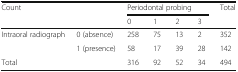
<table><thead><tr><td rowspan="2" colspan="2"><b>Count</b></td><td colspan="4"><b>Periodontal probing</b></td><td rowspan="2"><b>Total</b></td></tr><tr><td><b>0</b></td><td><b>1</b></td><td><b>2</b></td><td><b>3</b></td></tr></thead><tbody><tr><td rowspan="2">Intraoral radiograph</td><td>0 (absence)</td><td>258</td><td>75</td><td>13</td><td>2</td><td>352</td></tr><tr><td>1 (presence)</td><td>58</td><td>17</td><td>39</td><td>28</td><td>142</td></tr><tr><td colspan="2">Total</td><td>316</td><td>92</td><td>52</td><td>34</td><td>494</td></tr></tbody></table>